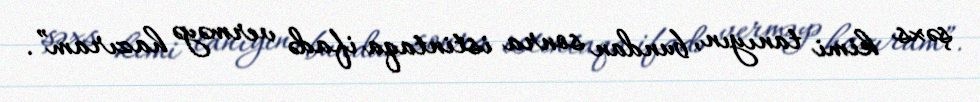
şəxs kimi tanıyın, bundan sonra istintaqa ifadə verməyə hazıram”.